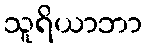
သူရိယာဘာ